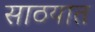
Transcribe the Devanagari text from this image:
साठयात